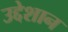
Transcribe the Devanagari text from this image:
उद्देशान